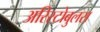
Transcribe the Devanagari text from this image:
अरिस्टोबुलस